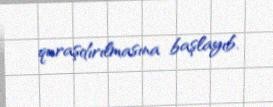
quraşdırılmasına başlayıb.